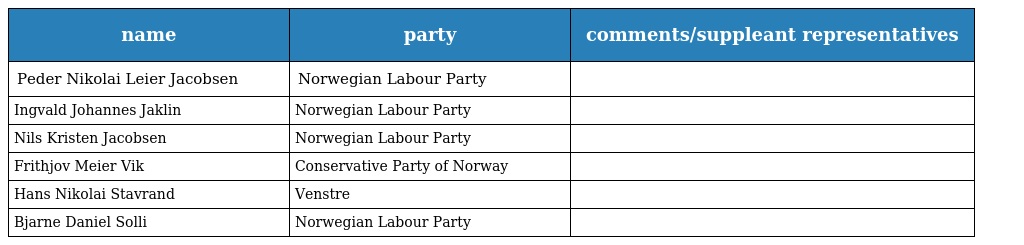
| name | party | comments/suppleant representatives |
 | --- | --- | --- |
 | Peder Nikolai Leier Jacobsen | Norwegian Labour Party |  |
 | Ingvald Johannes Jaklin | Norwegian Labour Party |  |
 | Nils Kristen Jacobsen | Norwegian Labour Party |  |
 | Frithjov Meier Vik | Conservative Party of Norway |  |
 | Hans Nikolai Stavrand | Venstre |  |
 | Bjarne Daniel Solli | Norwegian Labour Party |  |